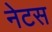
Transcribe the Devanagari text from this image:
नेटस